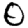
Digit: 0